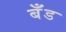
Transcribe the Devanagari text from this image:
बॅँड